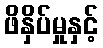
ဖိနှိပ်မှုနှင့်